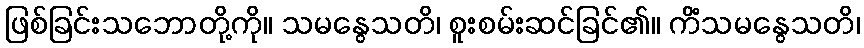
ဖြစ်ခြင်းသဘောတို့ကို။ သမနွေသတိ၊ စူးစမ်းဆင်ခြင်၏။ ကိံသမနွေသတိ၊